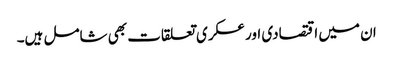
ان میں اقتصادی اور عسکری تعلقات بھی شامل ہیں۔